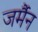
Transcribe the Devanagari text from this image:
जर्मैन